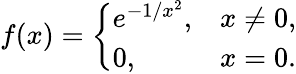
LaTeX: f(x)={\left\{ \begin{array}{ll}{e^{-1/x^{2}},}&{x\neq 0,}\\ {0,}&{x=0.}\end{array}\right.}